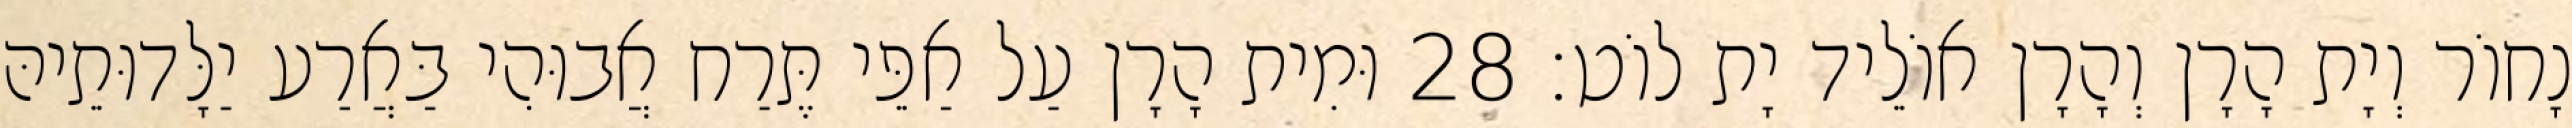
נָחוֹר וְיָת הָרָן וְהָרָן אוֹלֵיד יָת לוֹט׃ 28 וּמִית הָרָן עַל אַפֵּי תֶּרַח אֲבוּהִי בַּאֲרַע יַלָּדוּתֵיהּ